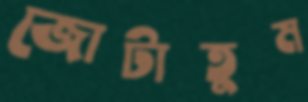
জোটাতুম